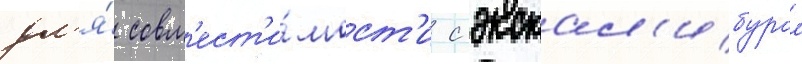
дл'я́ совм'ест'и́мост'и с экскал'ибуром